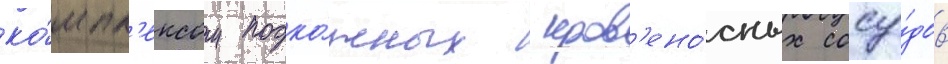
ко́мпл'ексом подко́жных кров'ено́сных сосу́дов